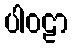
ပါဝဠာ